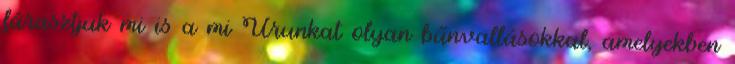
fárasztjuk mi is a mi Urunkat olyan bűnvallásokkal, amelyekben